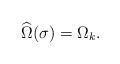
LaTeX: \begin{align*} \widehat \Omega(\sigma)=\Omega_k. \end{align*}